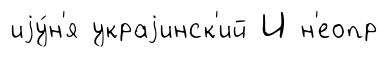
иjу́н'я украjинск'ий И н'еопр